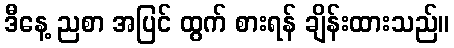
ဒီနေ့ ညစာ အပြင် ထွက် စားရန် ချိန်းထားသည်။